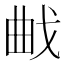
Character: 𭨜